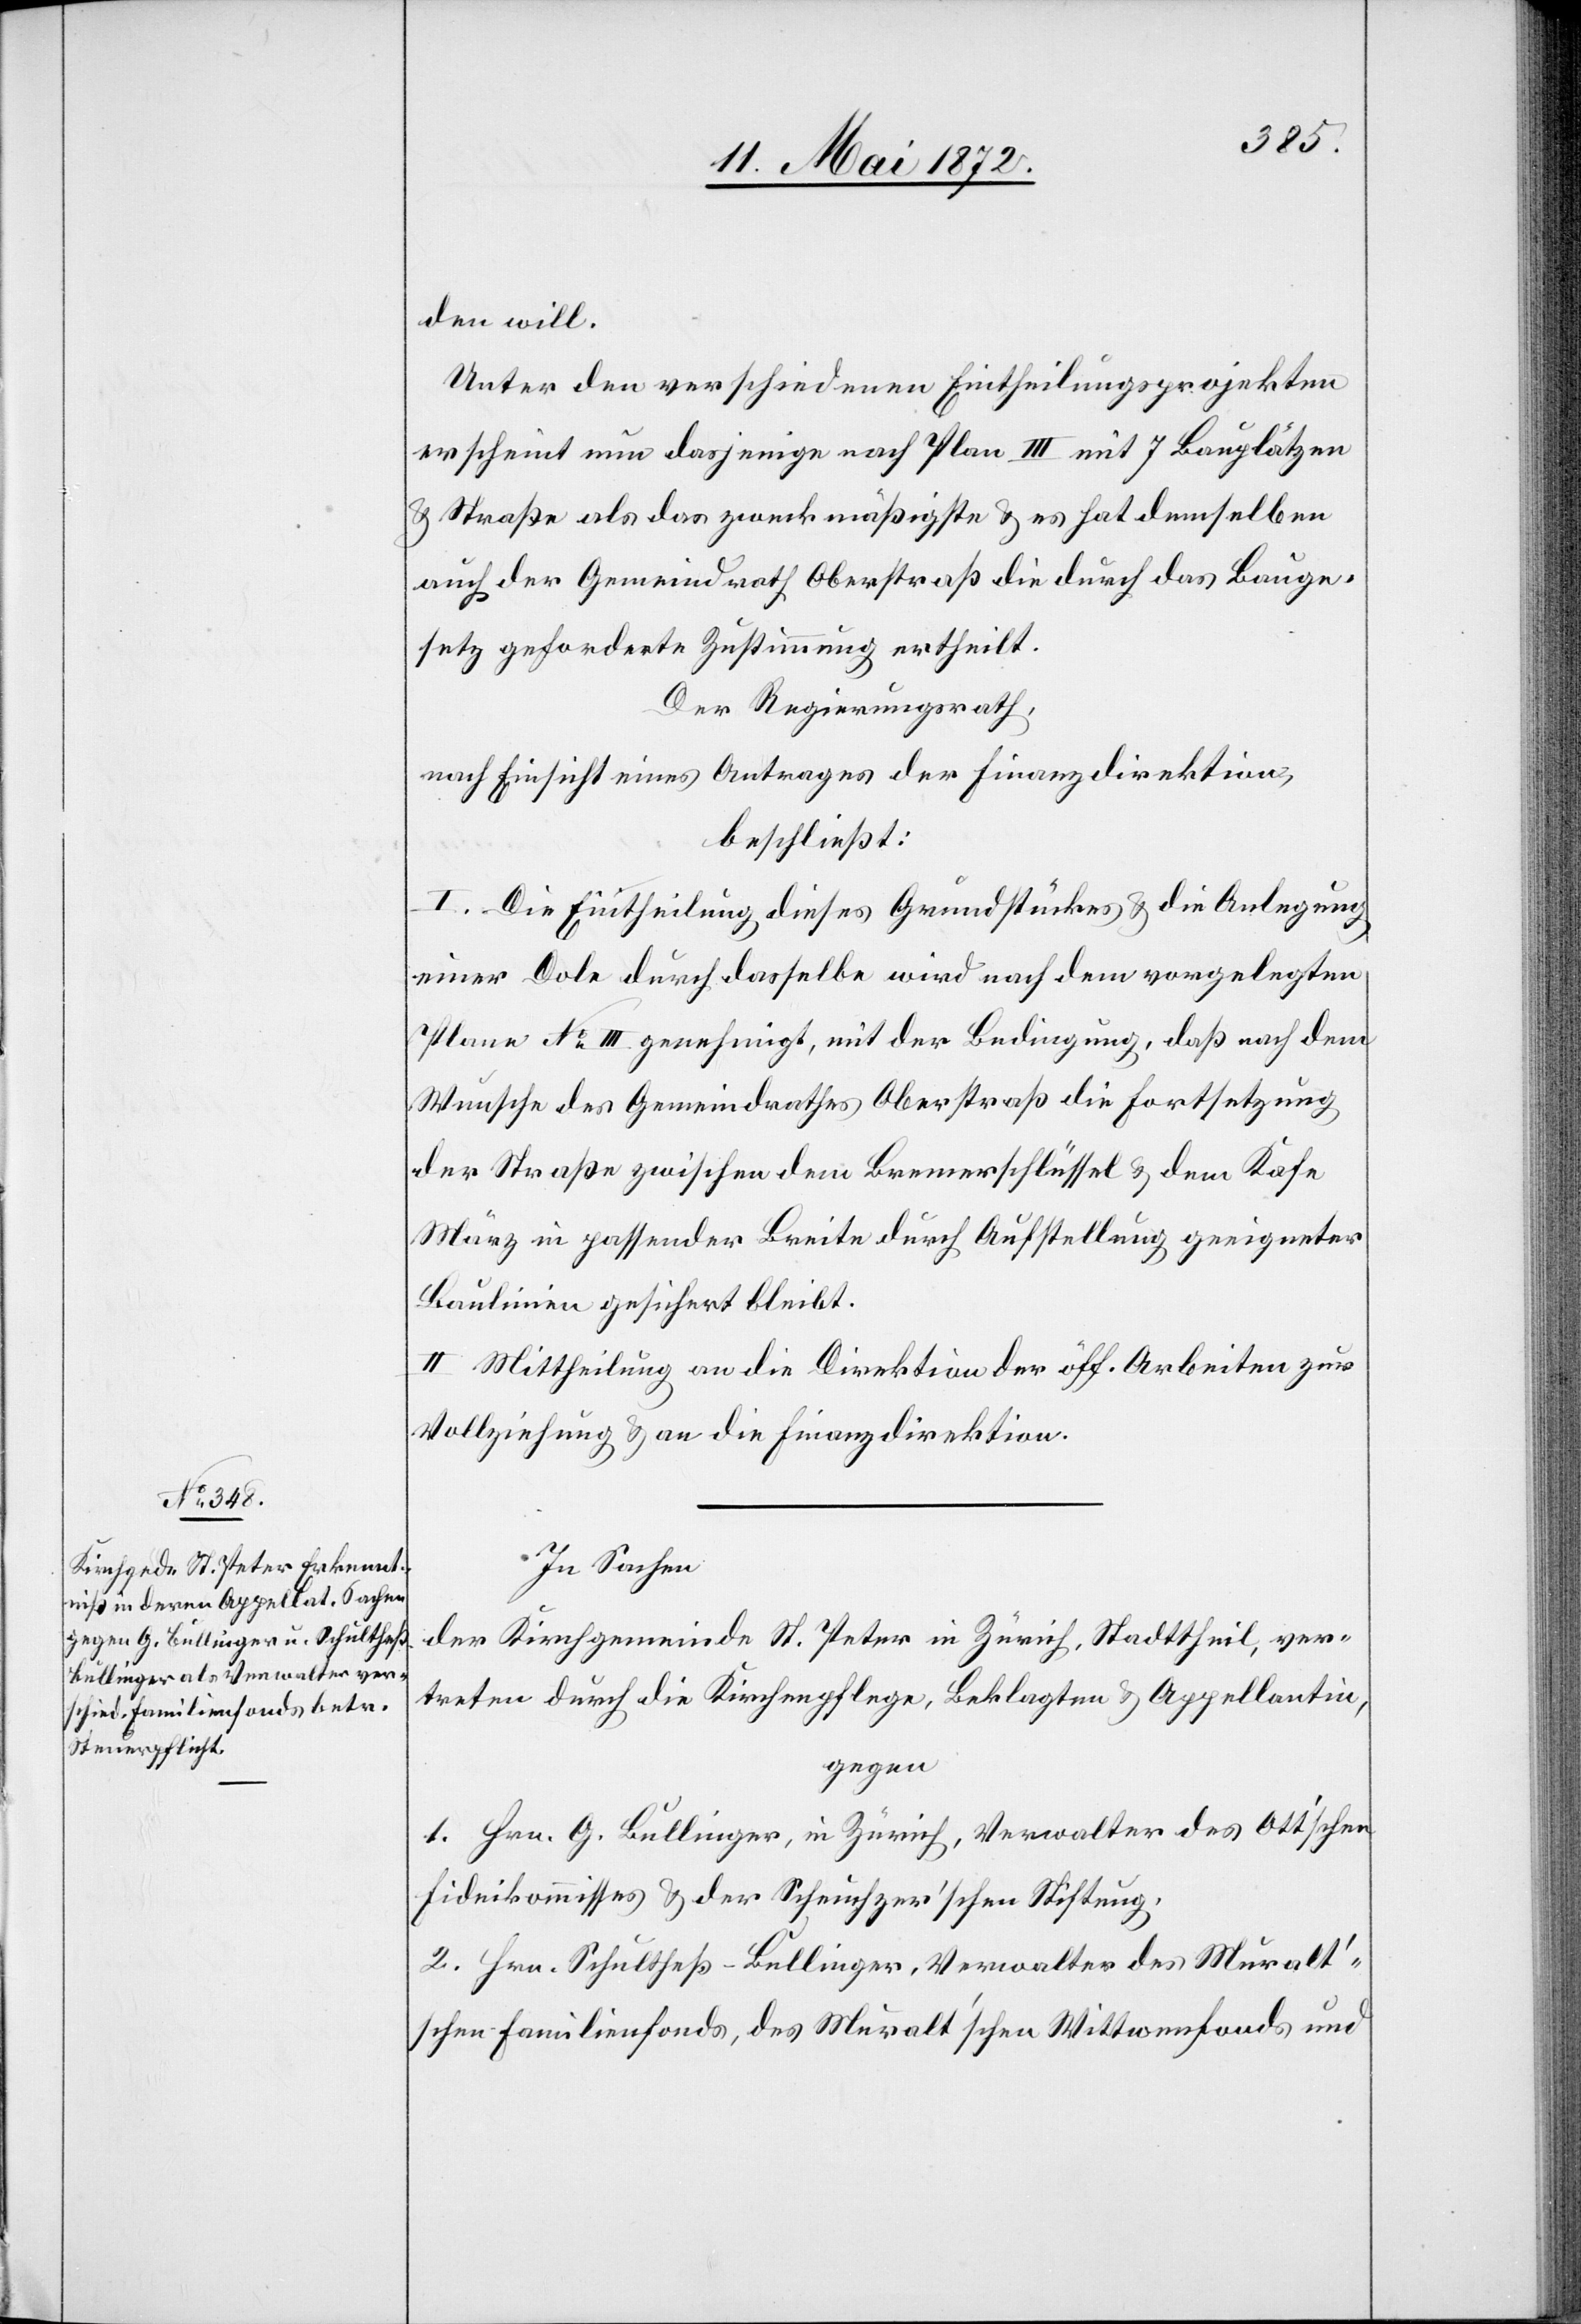
den will.
Unter den verschiedenen Eintheilungsprojekten
erscheint nun dasjenige nach Plan III mit 7 Bauplätzen
u. Straße als das zweckmäßigste u. es hat demselben
auch der Gemeindrath Oberstraß die durch das Bauge¬
setz geforderte Zustimmung ertheilt.
Der Regierungsrath,
nach Einsicht eines Antrages der Finanzdirektion,
beschließt:
I. Die Eintheilung dieses Grundstückes u. die Anlegung
einer Dole durch dasselbe wird nach dem vorgelegten
Plane No III. genehmigt, mit der Bedingung, daß nach dem
Wunsche des Gemeindrathes Oberstraß die Fortsetzung
der Straße zwischen dem Bremerschlüssel u. dem Kafe
März in passender Breite durch Aufstellung geeigneter
Baulinien gesichert bleibt.
II. Mittheilung an die Direktion der öff. Arbeiten zur
Vollziehung u. an die Finanzdirektion.
In Sachen
der Kirchgemeinde St. Peter in Zürich, Stadttheil, ver¬
treten durch die Kirchenpflege, Beklagten u. Appellantin,
gegen
1. Hrn. G. Bullinger, in Zürich, Verwalter des Ott’schen
Fideikommisses u. der Scheuchzer’schen Stiftung,
2. Hrn. Schultheß-Bullinger, Verwalter des Muralt’s¬
chen Familienfonds, des Muralt’schen Wittwenfonds und